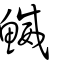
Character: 鰄